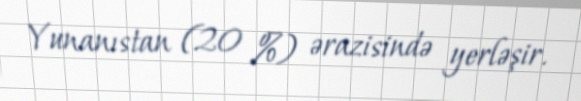
Yunanıstan (20 %) ərazisində yerləşir.